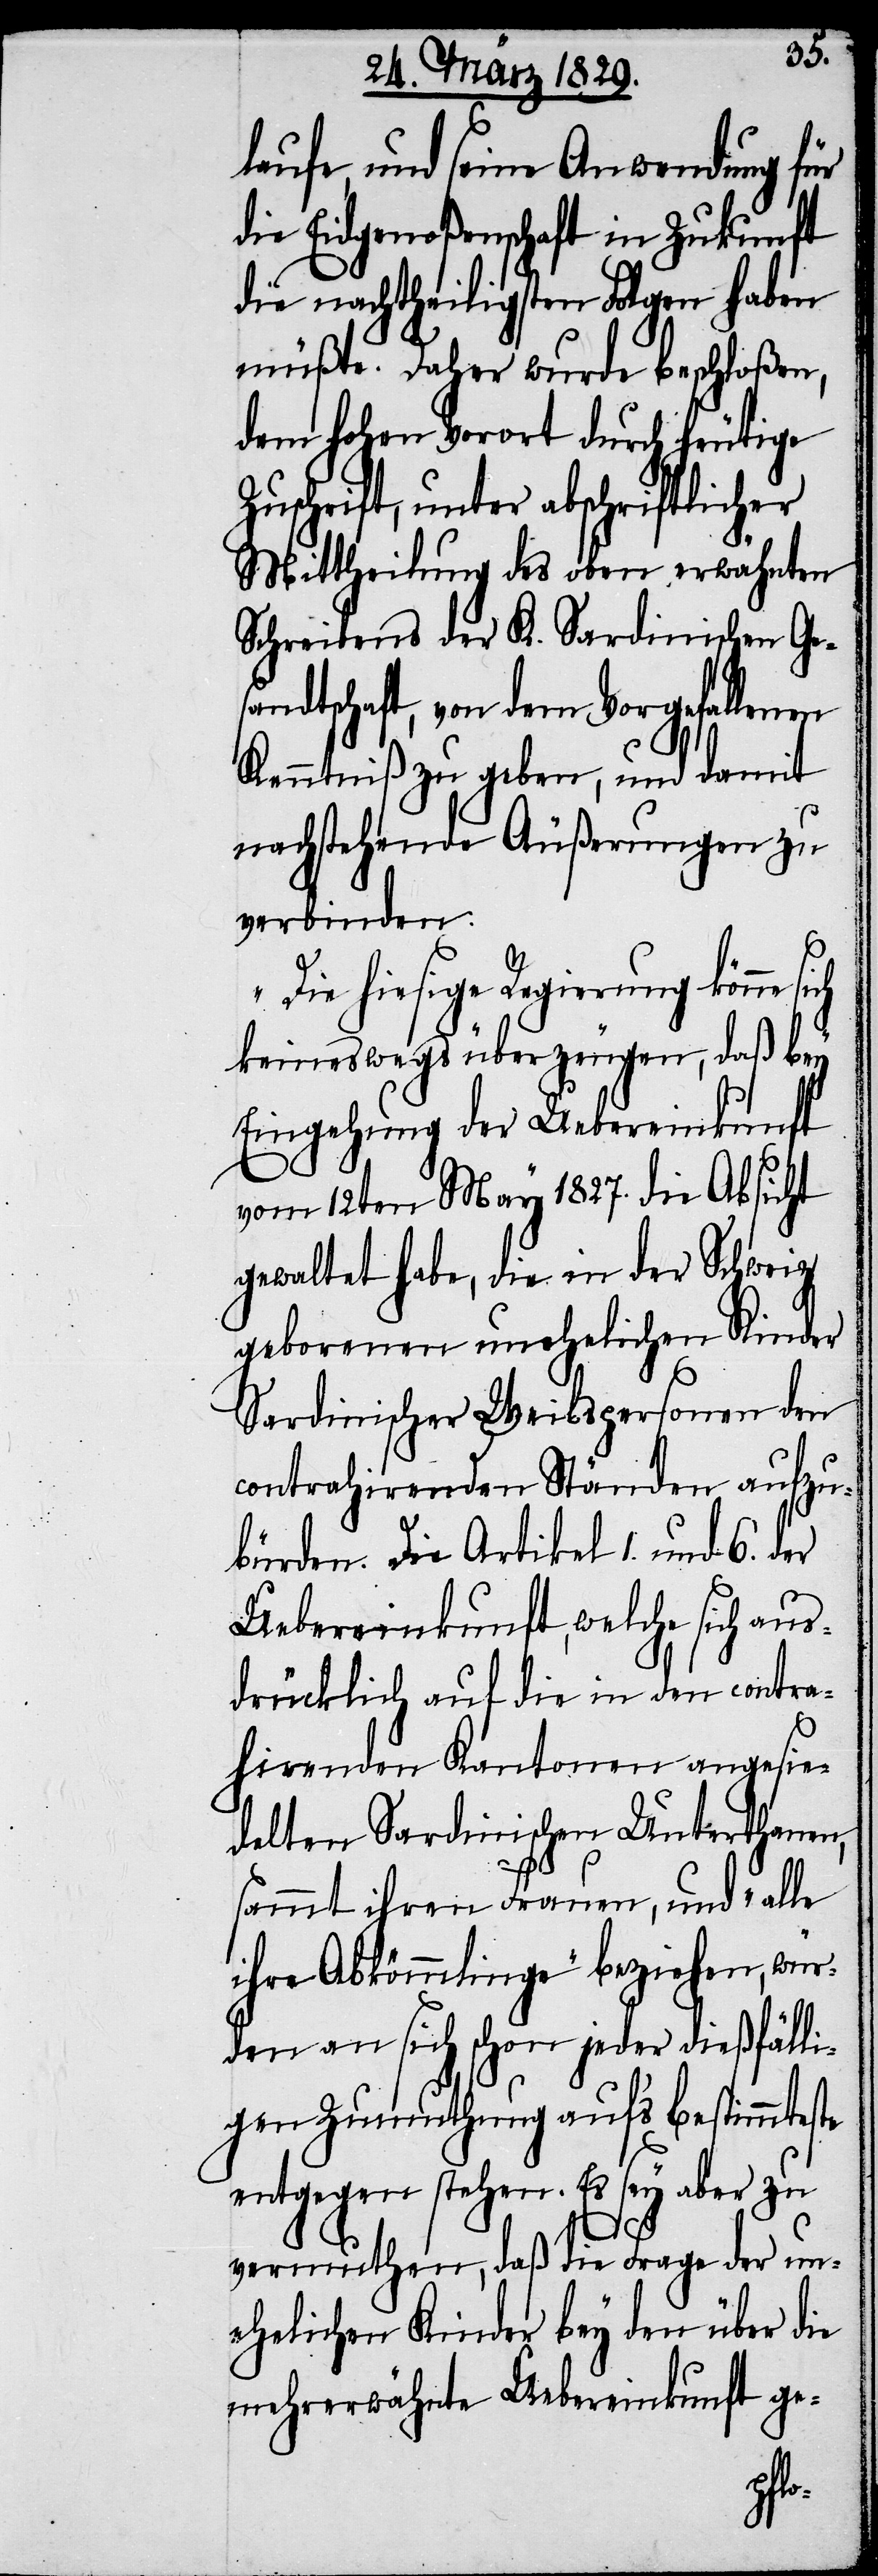
aus¬
laufe, und seine Anwendung für
die Eidgenoßenschaft in Zukunft
die nachtheiligsten Folgen haben
müßte. Daher wurde beschloßen,
dem hohen Vorort durch heutige
Zuschrift, unter abschriftlicher
Mittheilung des oben erwähnten
Schreibens der K. Sardinischen Ge¬
sandtschaft, von dem Vorgefallenen
Kenntniß zu geben, und damit
nachstehende Äußerung zu
verbinden:
„Die hiesige Regierung könne
keineswegs überzeugen, daß bey
Eingehung der Uebereinkunft
vom 12. May 1827. die Absicht
gewaltet habe, die in der Schweiz
geborenen unehelichen Kind¬
Sardinischer Weibspersonen den
contrahirenden Ständen
bürden. Die Artikel 1. und
Uebereinkunft, welche sich
drücklich auf die in den contra¬
hirenden Kantonen angesi¬
edelten Sardinischen Unterthanen,
sammt ihren Frauen, und „al¬
ihre Abkömmlinge“ beziehen, wür¬
den an sich schon jeder dießfälli¬
gen Zumuthung auf’s bestimmtes¬
entgegen stehen. Es sey aber zu
te
vermuthen, daß die Frage der un¬
ehelichen Kinder bey den über die
mehrerwähnte Uebereinkunft ge-